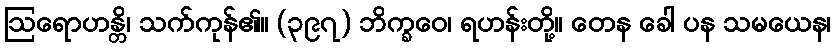
ဩရောဟန္တိ၊ သက်ကုန်၏။ (၃၉၇) ဘိက္ခဝေ၊ ရဟန်းတို့။ တေန ခေါ ပန သမယေန၊